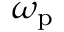
\omega _ { \mathrm { { p } } }